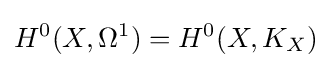
H^{0}(X,\Omega ^{1})=H^{0}(X,K_{X})